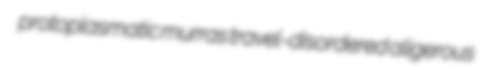
protoplasmatic murras travel-disordered aligerous